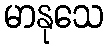
မာနုသေ